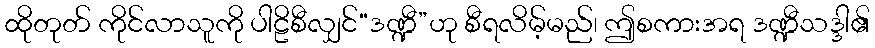
ထိုတုတ် ကိုင်လာသူကို ပါဠိစီလျှင်“ဒဏ္ဍီ”ဟု စီရလိမ့်မည်၊ ဤစကားအရ ဒဏ္ဍီသဒ္ဒါ၏